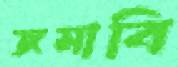
জমাবি